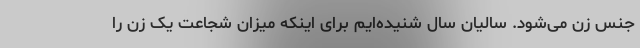
جنس زن می‌شود. سالیان سال شنیده‌ایم برای اینکه میزان شجاعت یک زن را